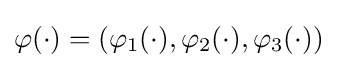
\varphi (\cdot )=(\varphi _{1}(\cdot ),\varphi _{2}(\cdot ),\varphi _{3}(\cdot ))